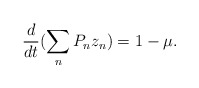
\begin{align*}\frac{d}{dt}(\sum_nP_n z_n) = 1-\mu.\end{align*}